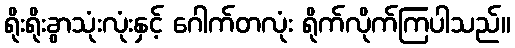
ရိုးရိုးခွာသုံးလုံးနှင့် ဂေါက်တလုံး ရိုက်လိုက်ကြပါသည်။